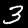
Digit: 3